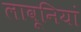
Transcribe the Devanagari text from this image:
लावूनियां